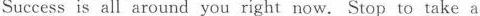
Success is all around you right now.Stop to take a